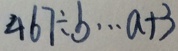
4 6 7 \div b \cdots a + 3